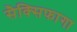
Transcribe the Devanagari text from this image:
सैक्सिफागा